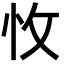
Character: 𢗡